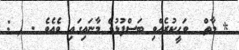
* މާތް  ވަޙީކުރެއްވި ބަސްފުޅުގެ މާނައިގައި ވެއެވެ . ( :